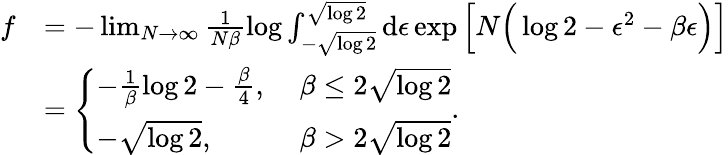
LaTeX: \begin{array}{rl}{f}&{=-\operatorname*{lim}_{N\rightarrow\infty}\frac{1}{N\beta}\log{\int_{-\sqrt{\log{2}}}^{\sqrt{\log{2}}}\textrm{d}\epsilon\exp{\Big[N\Big(\log{2}-\epsilon^{2}-\beta\epsilon\Big)\Big]}}}\\ &{=\left\{ \begin{array}{ll}{-\frac{1}{\beta}\log{2}-\frac{\beta}{4},\; }&{\beta\leq 2\sqrt{\log{2}}}\\ {-\sqrt{\log{2}},\; }&{\beta>2\sqrt{\log{2}}}\end{array}\right..}\end{array}